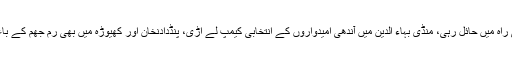
گوجرانوالہ میں موسلادھار بارش ووٹرز کی راہ میں حائل رہی، منڈی بہاء الدین میں آندھی امیدواروں کے انتخابی کیمپ لے اڑی، پنڈدادنخان اور کھیوڑہ میں بھی رم جھم کے باعث پولنگ کا عمل سست روی کا شکار رہا۔